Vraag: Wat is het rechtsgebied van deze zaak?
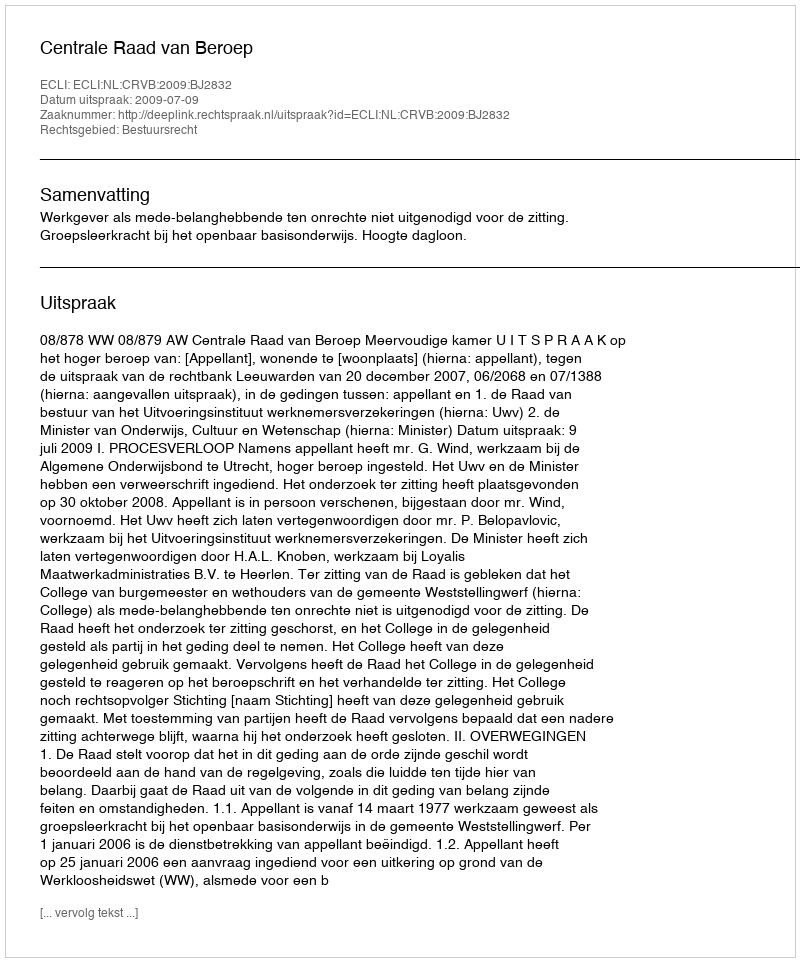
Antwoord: Bestuursrecht